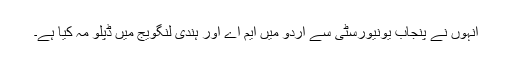
انہوں نے پنجاب یونیورسٹی سے اردو میں ایم اے اور ہندی لنگویج میں ڈپلو مہ کیا ہے۔